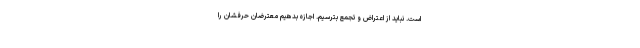
است. نباید از اعتراض و تجمع بترسیم. اجازه بدهیم معترضان حرفشان را